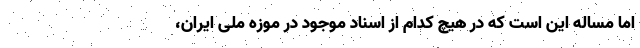
اما مساله این است که در هیچ کدام از اسناد موجود در موزه ملی ایران،